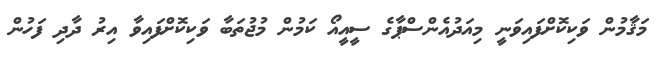
މަޤާމުން ވަކިކޮށްފައިވަނީ މިއަދުއެންސްޕާގެ ސީއީއޯ ކަމުން މުޖުތަބާ ވަކިކޮށްފައިވާ އިރު ދާދި ފަހުން